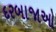
દરબાજાઓ